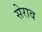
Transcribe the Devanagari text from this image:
सेराव